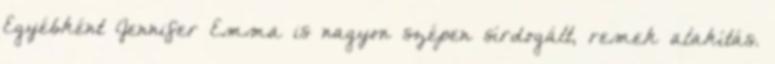
Egyébként Jennifer Emma is nagyon szépen sírdogált, remek alakítás.